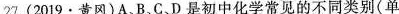
27.(2019·黄冈)A、B、C、D是初中化学常见的不同类别（单